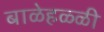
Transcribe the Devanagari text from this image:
बाळेहळ्ळी